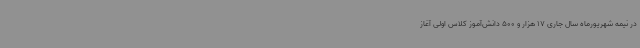
در نیمه شهریورماه سال جاری 17 هزار و 500 دانش‌آموز کلاس اولی آغاز